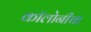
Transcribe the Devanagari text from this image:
कॉलोनीचा